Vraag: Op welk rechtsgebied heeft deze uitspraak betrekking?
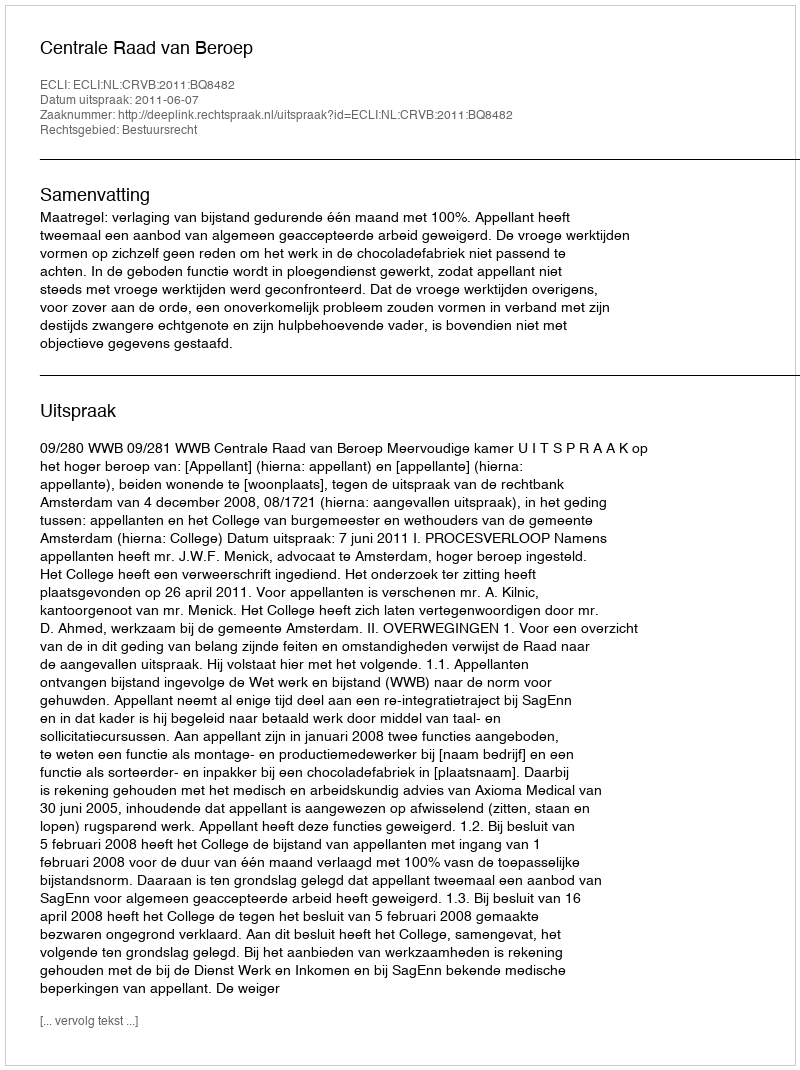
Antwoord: Bestuursrecht